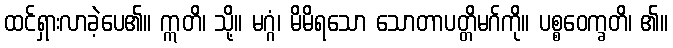
ထင်ရှားလာခဲ့ပေ၏။ ဣတိ၊ သို့။ မဂ္ဂံ၊ မိမိရသော သောတာပတ္တိမဂ်ကို။ ပစ္စဝေက္ခတိ၊ ၏။